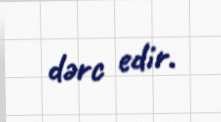
dərc edir.